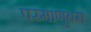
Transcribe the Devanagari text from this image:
परमाणुबम